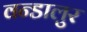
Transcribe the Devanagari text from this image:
वन्डालुर